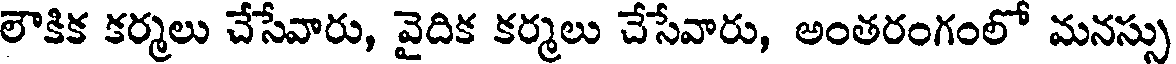
లౌకిక కర్మలు చేసేవారు, వైదిక కర్మలు చేసేవారు, అంతరంగంలో మనస్సు